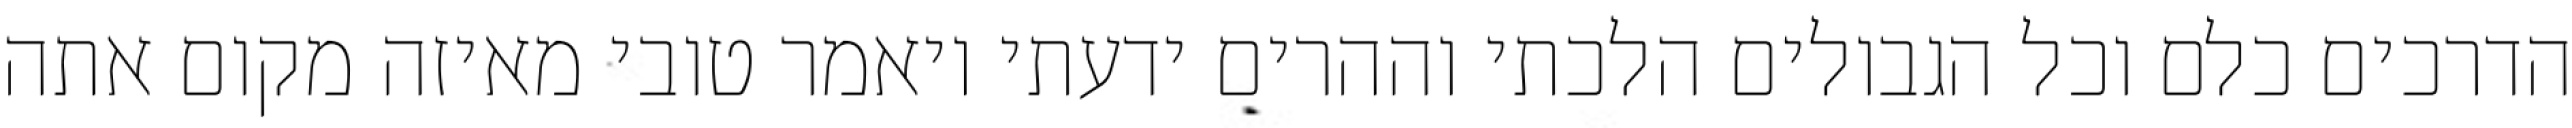
הדרכים כלם וכל הגבולים הלכתי וההרים ידעתי ויאמר טובי מאיזה מקום אתה